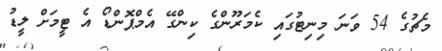
މެޗުގެ 54 ވަނަ މިނިޓުގައި ކެމަރޫންގެ ކިންގޭ އެމްޕޮންޑޯ އެ ޓީމަށް ލީޑު